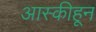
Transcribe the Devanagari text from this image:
आस्कीहून